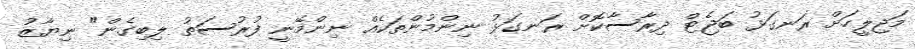
މަޖިލީހަށް ރަނގަޅު ބަޖެޓް ދިރާސާކޮށް ރަނގަޅު ނިންމުންތަކެއް ނިންމޭނީ ފުރުސަތު ލިބިގެން" ނިޔާޒު